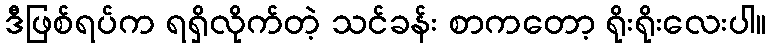
ဒီဖြစ်ရပ်က ရရှိလိုက်တဲ့ သင်ခန်း စာကတော့ ရိုးရိုးလေးပါ။